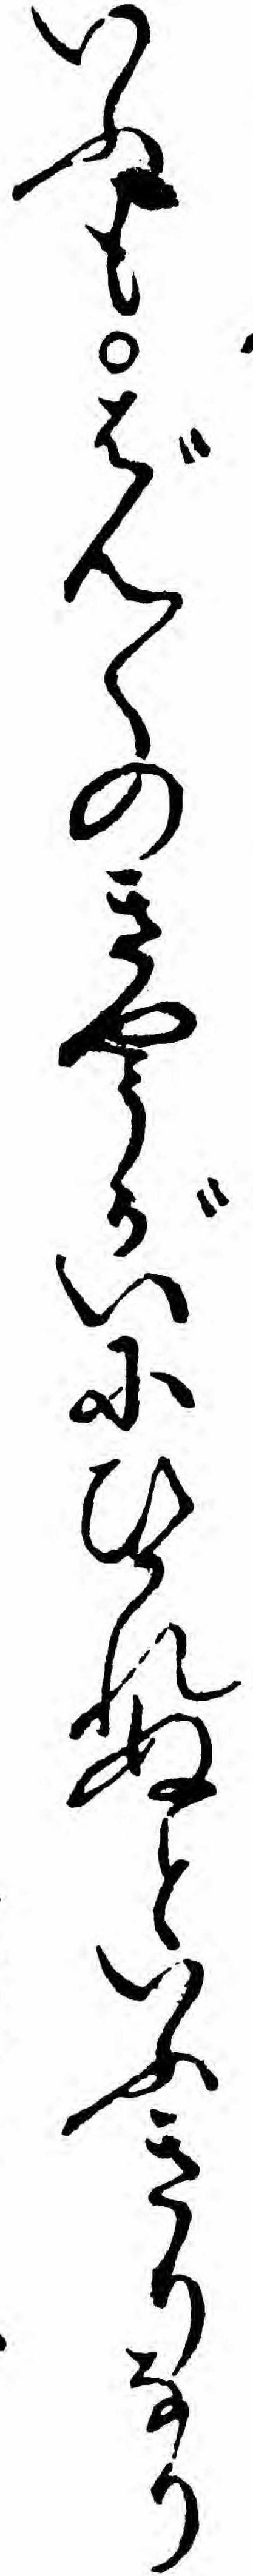
いふもばんくのきやうがいにひかれぬといふきりなり